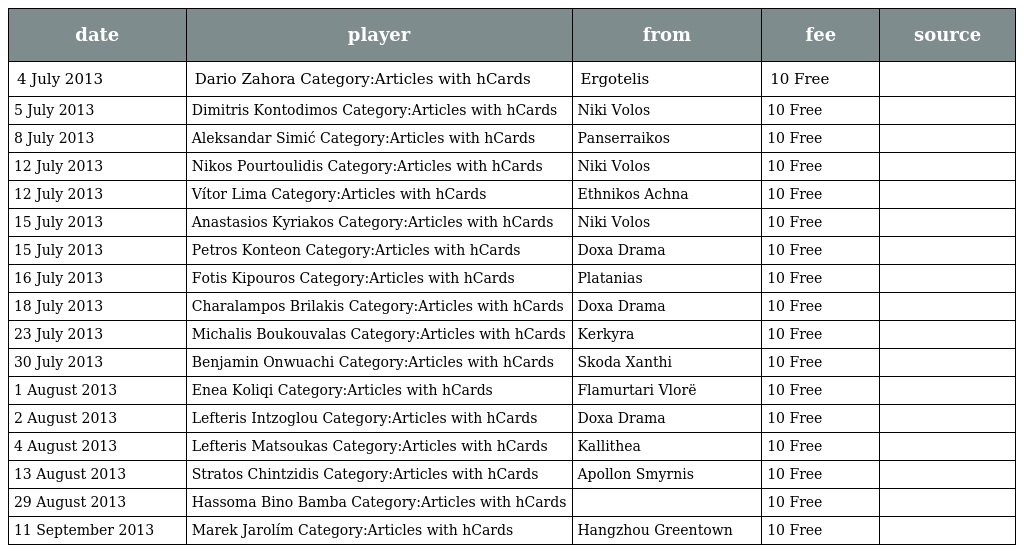
| date | player | from | fee | source |
 | --- | --- | --- | --- | --- |
 | 4 July 2013 | Dario Zahora Category:Articles with hCards | Ergotelis | 10 Free |  |
 | 5 July 2013 | Dimitris Kontodimos Category:Articles with hCards | Niki Volos | 10 Free |  |
 | 8 July 2013 | Aleksandar Simić Category:Articles with hCards | Panserraikos | 10 Free |  |
 | 12 July 2013 | Nikos Pourtoulidis Category:Articles with hCards | Niki Volos | 10 Free |  |
 | 12 July 2013 | Vítor Lima Category:Articles with hCards | Ethnikos Achna | 10 Free |  |
 | 15 July 2013 | Anastasios Kyriakos Category:Articles with hCards | Niki Volos | 10 Free |  |
 | 15 July 2013 | Petros Konteon Category:Articles with hCards | Doxa Drama | 10 Free |  |
 | 16 July 2013 | Fotis Kipouros Category:Articles with hCards | Platanias | 10 Free |  |
 | 18 July 2013 | Charalampos Brilakis Category:Articles with hCards | Doxa Drama | 10 Free |  |
 | 23 July 2013 | Michalis Boukouvalas Category:Articles with hCards | Kerkyra | 10 Free |  |
 | 30 July 2013 | Benjamin Onwuachi Category:Articles with hCards | Skoda Xanthi | 10 Free |  |
 | 1 August 2013 | Enea Koliqi Category:Articles with hCards | Flamurtari Vlorë | 10 Free |  |
 | 2 August 2013 | Lefteris Intzoglou Category:Articles with hCards | Doxa Drama | 10 Free |  |
 | 4 August 2013 | Lefteris Matsoukas Category:Articles with hCards | Kallithea | 10 Free |  |
 | 13 August 2013 | Stratos Chintzidis Category:Articles with hCards | Apollon Smyrnis | 10 Free |  |
 | 29 August 2013 | Hassoma Bino Bamba Category:Articles with hCards |  | 10 Free |  |
 | 11 September 2013 | Marek Jarolím Category:Articles with hCards | Hangzhou Greentown | 10 Free |  |